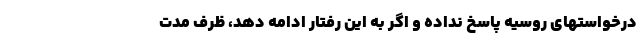
درخواستهای روسیه پاسخ نداده و اگر به این رفتار ادامه دهد، ظرف مدت